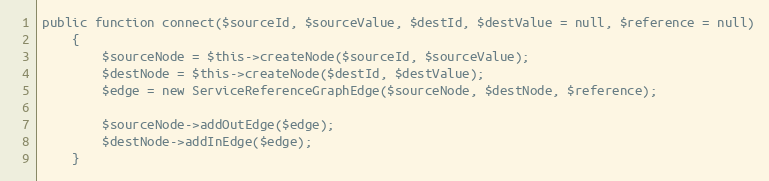
Language: PHP
public function connect($sourceId, $sourceValue, $destId, $destValue = null, $reference = null)
    {
        $sourceNode = $this->createNode($sourceId, $sourceValue);
        $destNode = $this->createNode($destId, $destValue);
        $edge = new ServiceReferenceGraphEdge($sourceNode, $destNode, $reference);

        $sourceNode->addOutEdge($edge);
        $destNode->addInEdge($edge);
    }